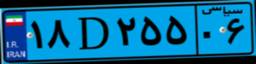
۷۸D۲۰۲۸۰